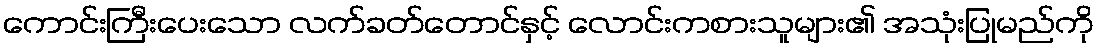
ကောင်းကြီးပေးသော လက်ခတ်တောင်နှင့် လောင်းကစားသူများ၏ အသုံးပြုမည်ကို